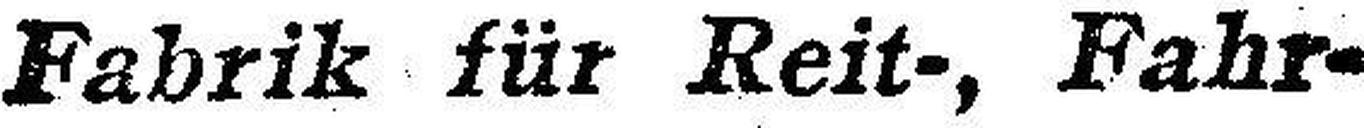
Fabrik für Reit-, Fahr-